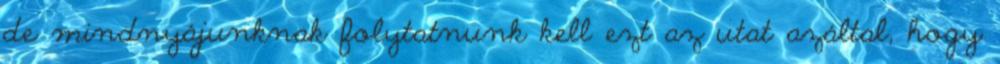
de mindnyájunknak folytatnunk kell ezt az utat azáltal, hogy